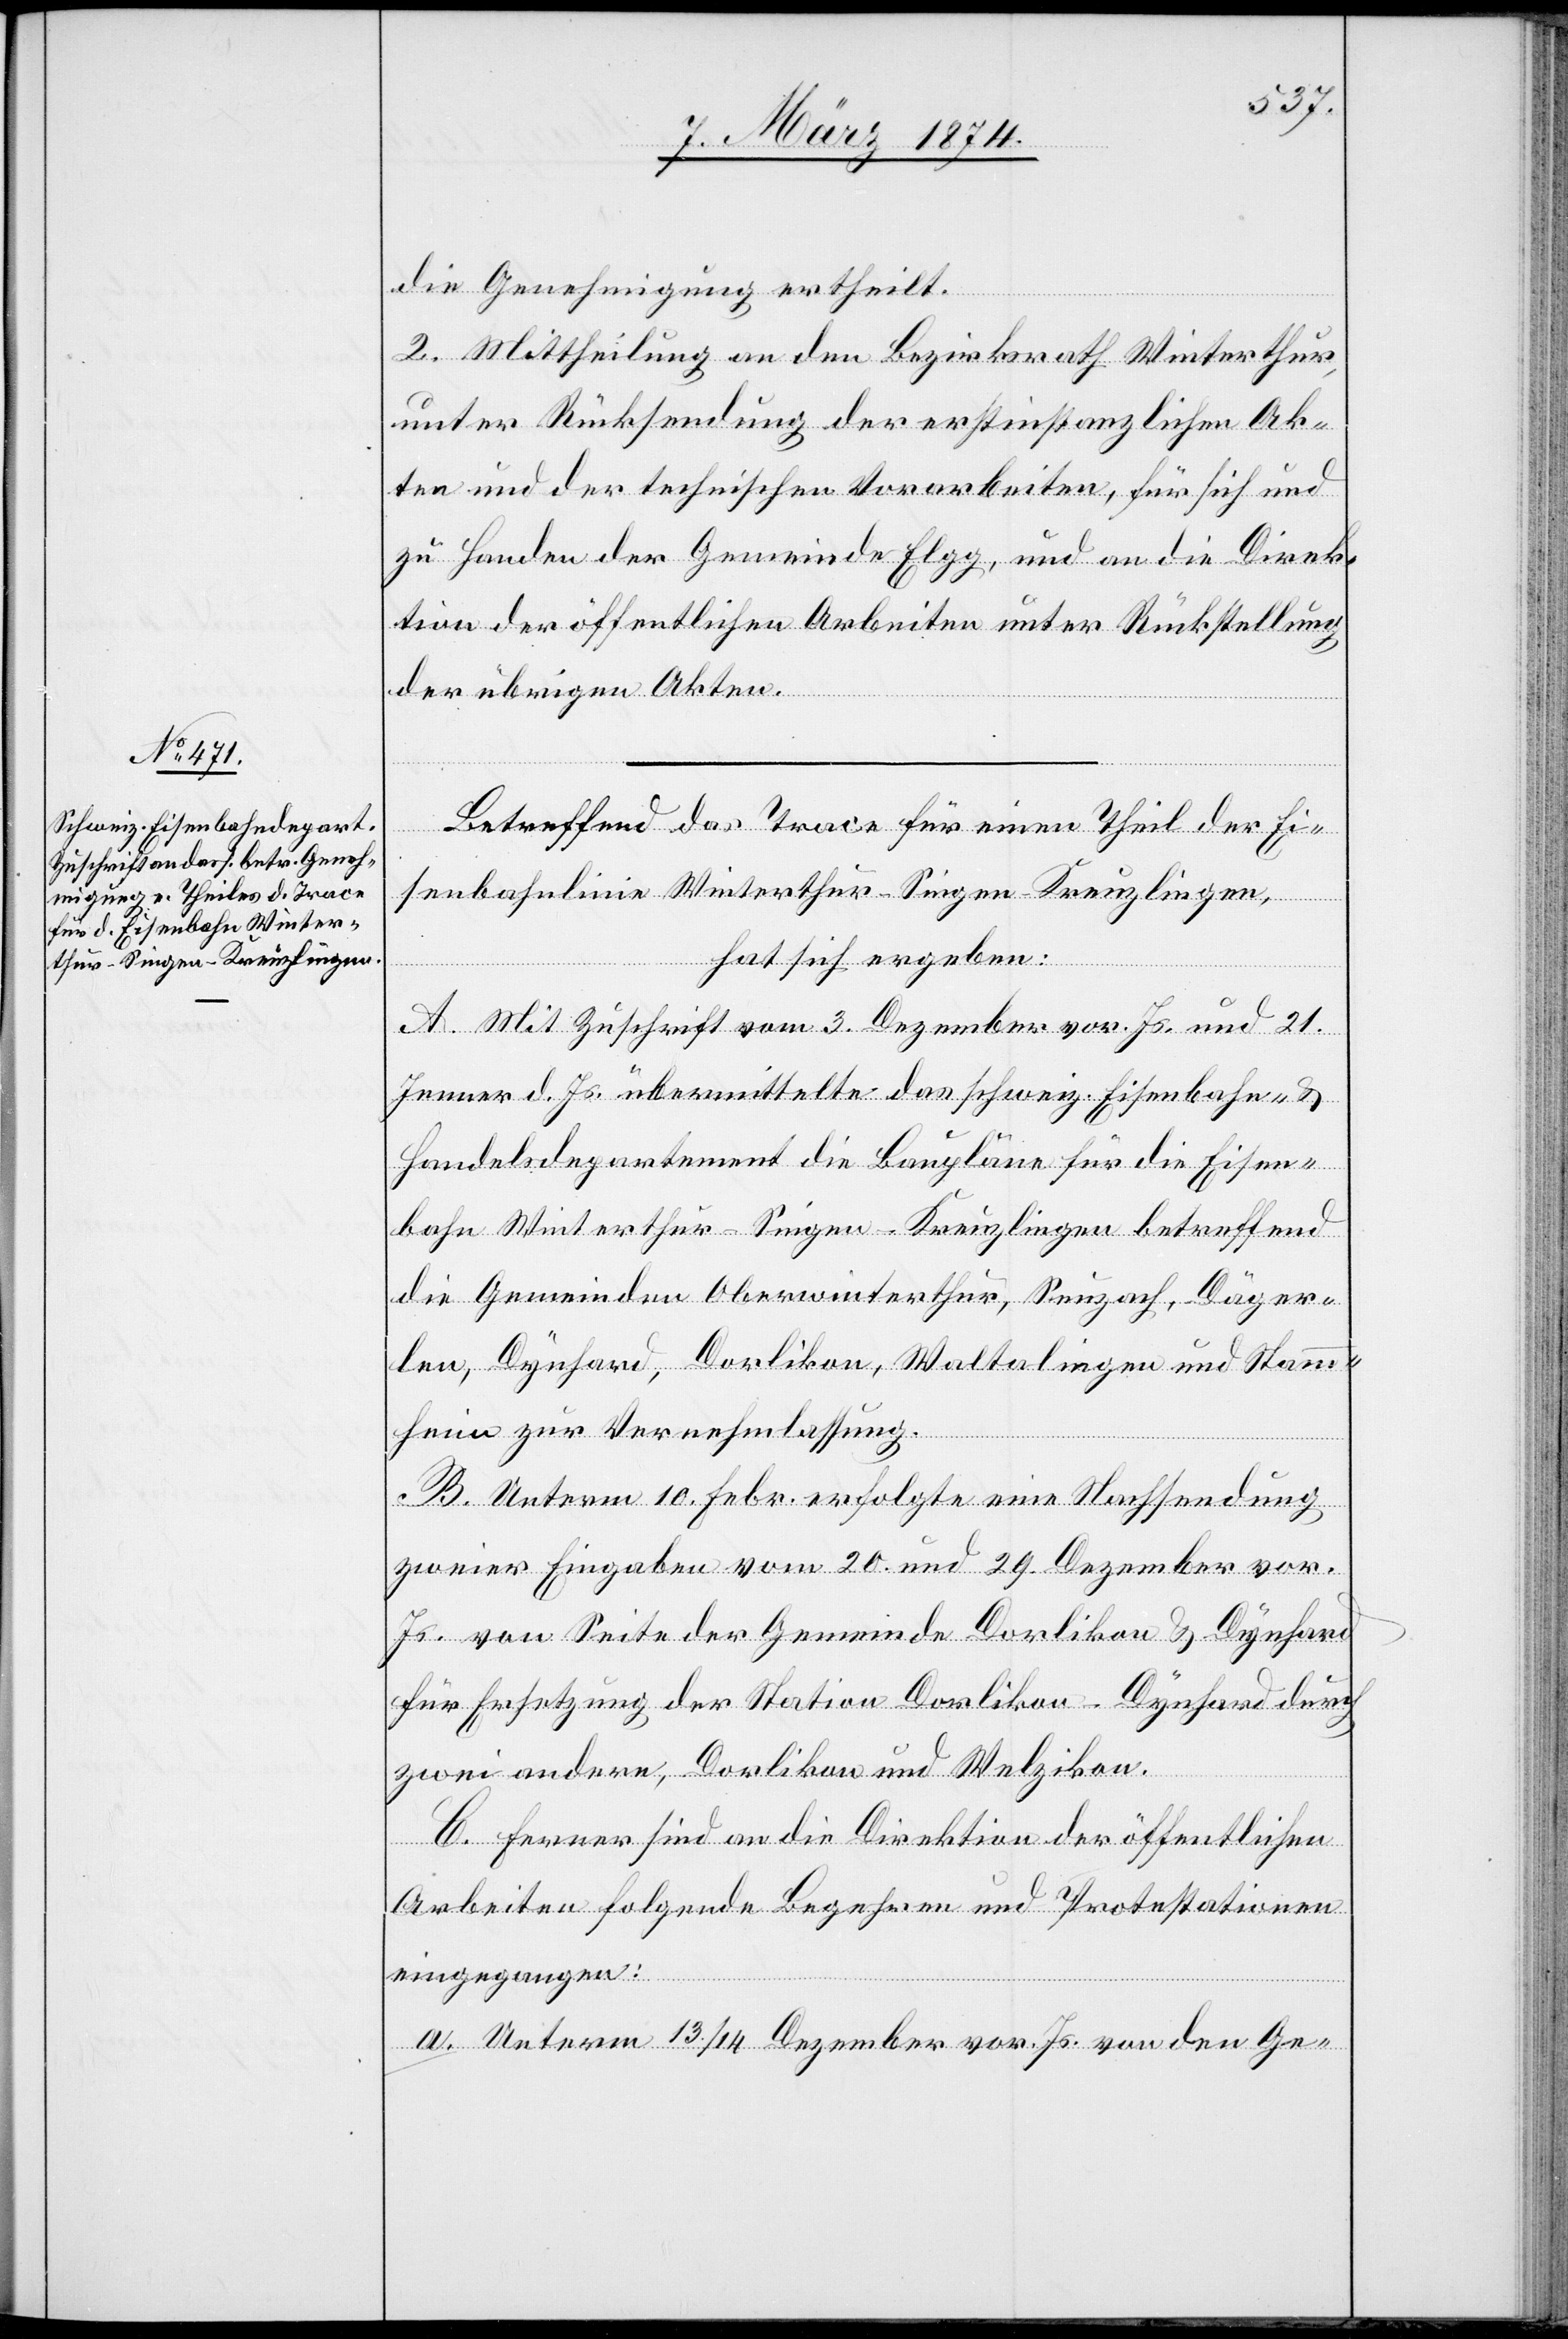
die Genehmigung ertheilt.
2. Mitheilung an den Bezirksrath Winterthur,
unter Rücksendung der erstinstanzlichen Ak¬
ten und der technischen Vorarbeiten, für sich und
zu Handen der Gemeinde Elgg, und an die Direk¬
tion der öffentlichen Arbeiten unter Rückstellung
der übrigen Akten.
Betreffend das Trace für einen Theil der Ei¬
senbahnlinie Winterthur-Singen-Kreuzlingen,
hat sich ergeben:
A. Mit Zuschrift vom 3. Dezember vor. Js. und 21.
Jenner d. Js. übermittelte das schweiz. Eisenbahn- u.
Handelsdepartement die Baupläne für die Eisen¬
bahn Winterthur-Singen-Kreuzlingen betreffend
die Gemeinden Oberwinterthur, Seuzach, Däger¬
len, Dynhard, Dorlikon, Waltalingen und Stamm¬
heim zur Vernehmlassung.
B. Unterm 10. Febr. erfolgte eine Nachsendung
zweier Eingaben vom 20. und 29. Dezember vor.
Js. von Seite der Gemeinde Dorlikon-Dynhard
zwei andere, Dorlikon und Welzikon.
C. Ferner sind an die Direktion der öffentlichen
Arbeiten folgende Begehren und Protestationen
eingegangen:
a. Unterm 13./14. Dezember vor. Js. von den Ge-